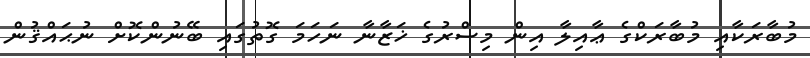
މުބާރަކާއި މުބާރަކްގެ ޢާއިލާ އިން މިސްރުގެ ޚަޒާނާ ނަހަމަ ގޮތުގައި ބޭނުންކޮށް ނުޙައްޤުން